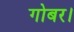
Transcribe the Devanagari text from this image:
गोबर।